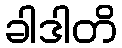
ခါဒါတိ